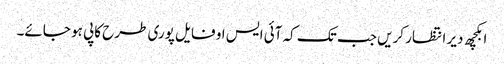
ابکچھ دیر انتظار کریں جب تک کہ آئی ایس او فایل پوری طرح کاپی ہو جائے۔